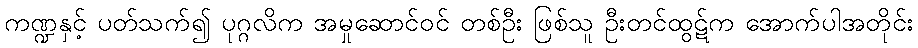
ကဏ္ဍနှင့် ပတ်သက်၍ ပုဂ္ဂလိက အမှုဆောင်ဝင် တစ်ဦး ဖြစ်သူ ဦးတင်ထွဋ်က အောက်ပါအတိုင်း